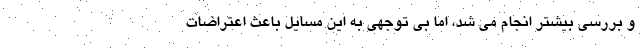
و بررسی بیشتر انجام می شد، اما بی توجهی به این مسایل باعث اعتراضات